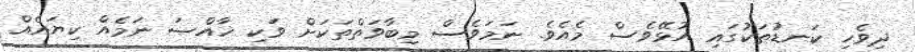
ދިވެހި ކަނޑުތަކުގައި އުޅޭވެސް މެއެވެ. ނަމަވެސް މިބާވަތްތަކަށް ވަކި ޚާއްޞަ ނަމެއް ކިޔައެއް